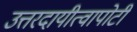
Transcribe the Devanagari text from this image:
उत्तरदायीत्वापोटी